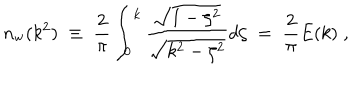
n _ { \mathrm { w } } ( k ^ { 2 } ) \; \equiv \; { \frac { 2 } { \pi } } \int _ { 0 } ^ { k } { \frac { \sqrt { 1 - \zeta ^ { 2 } } } { \sqrt { k ^ { 2 } - \zeta ^ { 2 } } } } d \zeta \; = \; { \frac { 2 } { \pi } } E ( k ) \; ,